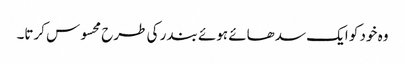
وہ خود کو ایک سدھائے ہوئے بندر کی طرح محسوس کرتا۔